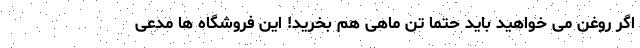
اگر روغن می خواهید باید حتماً تن ماهی هم بخرید! این فروشگاه ها مدعی